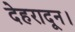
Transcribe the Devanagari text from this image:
देहरादून।